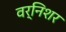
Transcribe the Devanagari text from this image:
वर्निशर